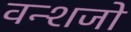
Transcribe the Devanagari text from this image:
वन्शजो